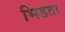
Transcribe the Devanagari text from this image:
भिडता